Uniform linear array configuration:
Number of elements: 12
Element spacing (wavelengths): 0.75
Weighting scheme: kaiser
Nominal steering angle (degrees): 15
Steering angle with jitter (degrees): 13.265
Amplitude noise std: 0.05
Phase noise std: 0.05

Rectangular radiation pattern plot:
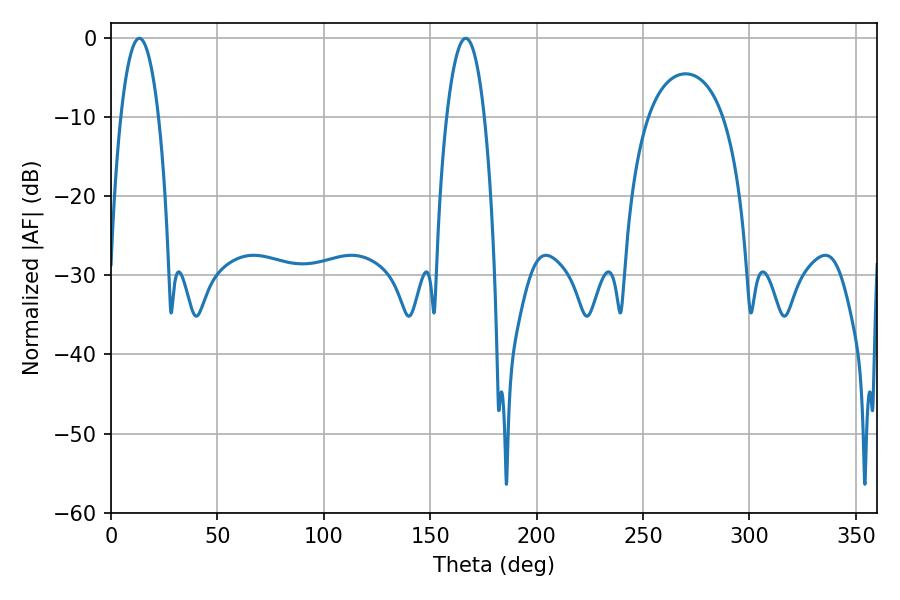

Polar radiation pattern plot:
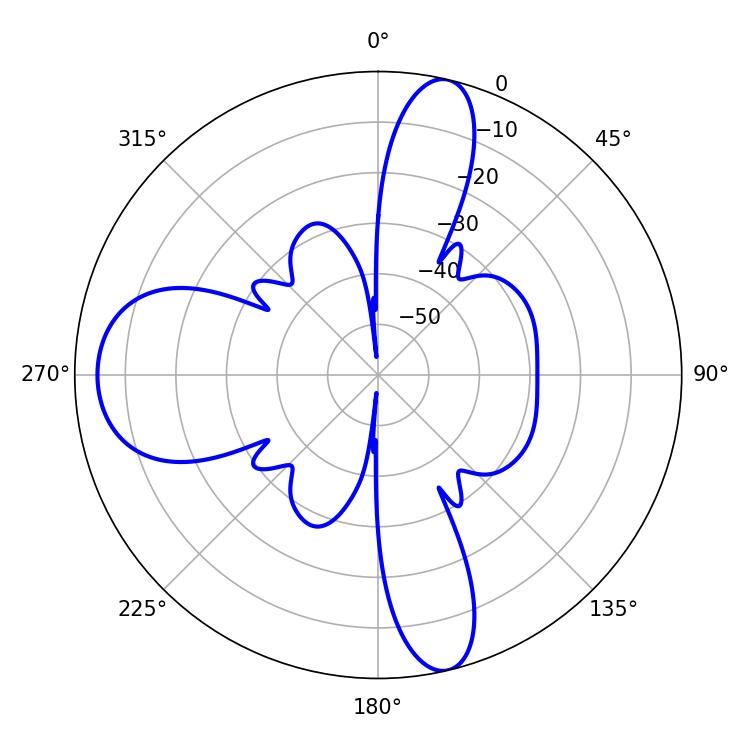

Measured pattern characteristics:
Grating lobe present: TRUE
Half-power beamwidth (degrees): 9.9
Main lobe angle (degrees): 13.32